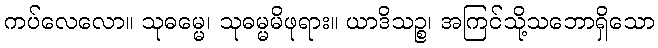
ကပ်လေလော။ သုဓမ္မေ၊ သုဓမ္မမိဖုရား။ ယာဒိသဉ္စ၊ အကြင်သို့သဘောရှိသော